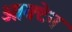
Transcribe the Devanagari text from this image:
ओक्टेन